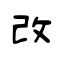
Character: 改